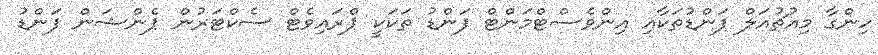
ހިންގާ މިއުޗުއަލް ފަންޑުތަކާއި އިންވެސްޓްމަންޓް ފަންޑު ތަކަކީ ޕްރައިވެޓް ސެކްޓަރުން ޕެންޝަން ފަންޑު